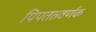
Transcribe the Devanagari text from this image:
पिपततवर्णक